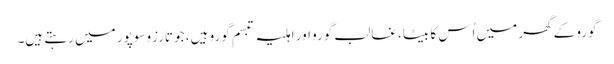
گورو کے گھر میں اُس کا بیٹا، غالب گورو اور اہلیہ تبسم گورو ہیں، جو تارزو سوپور میں رہتے ہیں۔